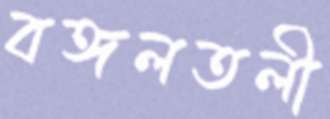
বঙ্গলতলী